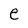
Character: e